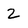
Character: 2